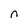
Character: n